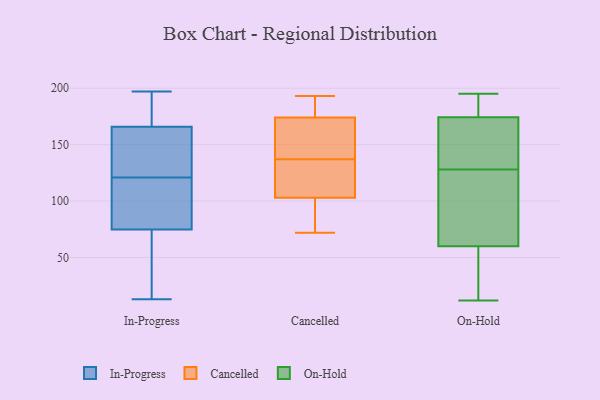
{"axis": {"x": "Bounce Rate (%)", "y": "Value"}, "legend": ["Cancelled", "In-Progress", "On-Hold"], "data": [{"x": "", "y": 197, "type": "In-Progress"}, {"x": "", "y": 103, "type": "In-Progress"}, {"x": "", "y": 142, "type": "In-Progress"}, {"x": "", "y": 79, "type": "In-Progress"}, {"x": "", "y": 82, "type": "In-Progress"}, {"x": "", "y": 191, "type": "In-Progress"}, {"x": "", "y": 177, "type": "In-Progress"}, {"x": "", "y": 147, "type": "In-Progress"}, {"x": "", "y": 121, "type": "In-Progress"}, {"x": "", "y": 13, "type": "In-Progress"}, {"x": "", "y": 62, "type": "In-Progress"}, {"x": "", "y": 38, "type": "In-Progress"}, {"x": "", "y": 162, "type": "In-Progress"}, {"x": "", "y": 174, "type": "Cancelled"}, {"x": "", "y": 168, "type": "Cancelled"}, {"x": "", "y": 72, "type": "Cancelled"}, {"x": "", "y": 130, "type": "Cancelled"}, {"x": "", "y": 179, "type": "Cancelled"}, {"x": "", "y": 139, "type": "Cancelled"}, {"x": "", "y": 193, "type": "Cancelled"}, {"x": "", "y": 73, "type": "Cancelled"}, {"x": "", "y": 135, "type": "Cancelled"}, {"x": "", "y": 103, "type": "Cancelled"}, {"x": "", "y": 189, "type": "On-Hold"}, {"x": "", "y": 177, "type": "On-Hold"}, {"x": "", "y": 172, "type": "On-Hold"}, {"x": "", "y": 99, "type": "On-Hold"}, {"x": "", "y": 128, "type": "On-Hold"}, {"x": "", "y": 182, "type": "On-Hold"}, {"x": "", "y": 195, "type": "On-Hold"}, {"x": "", "y": 42, "type": "On-Hold"}, {"x": "", "y": 53, "type": "On-Hold"}, {"x": "", "y": 117, "type": "On-Hold"}, {"x": "", "y": 12, "type": "On-Hold"}, {"x": "", "y": 156, "type": "On-Hold"}, {"x": "", "y": 125, "type": "On-Hold"}, {"x": "", "y": 58, "type": "On-Hold"}, {"x": "", "y": 66, "type": "On-Hold"}, {"x": "", "y": 142, "type": "On-Hold"}, {"x": "", "y": 38, "type": "On-Hold"}, {"x": "", "y": 175, "type": "On-Hold"}, {"x": "", "y": 130, "type": "On-Hold"}]}